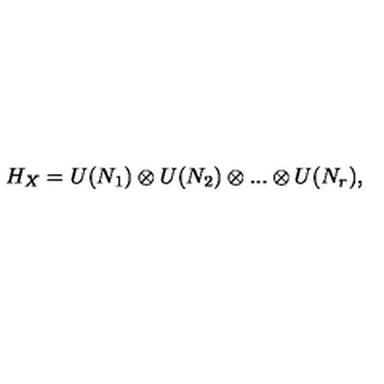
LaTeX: H _ { X } = U ( N _ { 1 } ) \otimes U ( N _ { 2 } ) \otimes . . . \otimes U ( N _ { r } ) ,